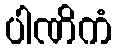
ပါဏိကံ